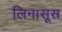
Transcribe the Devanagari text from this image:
लिनासूस